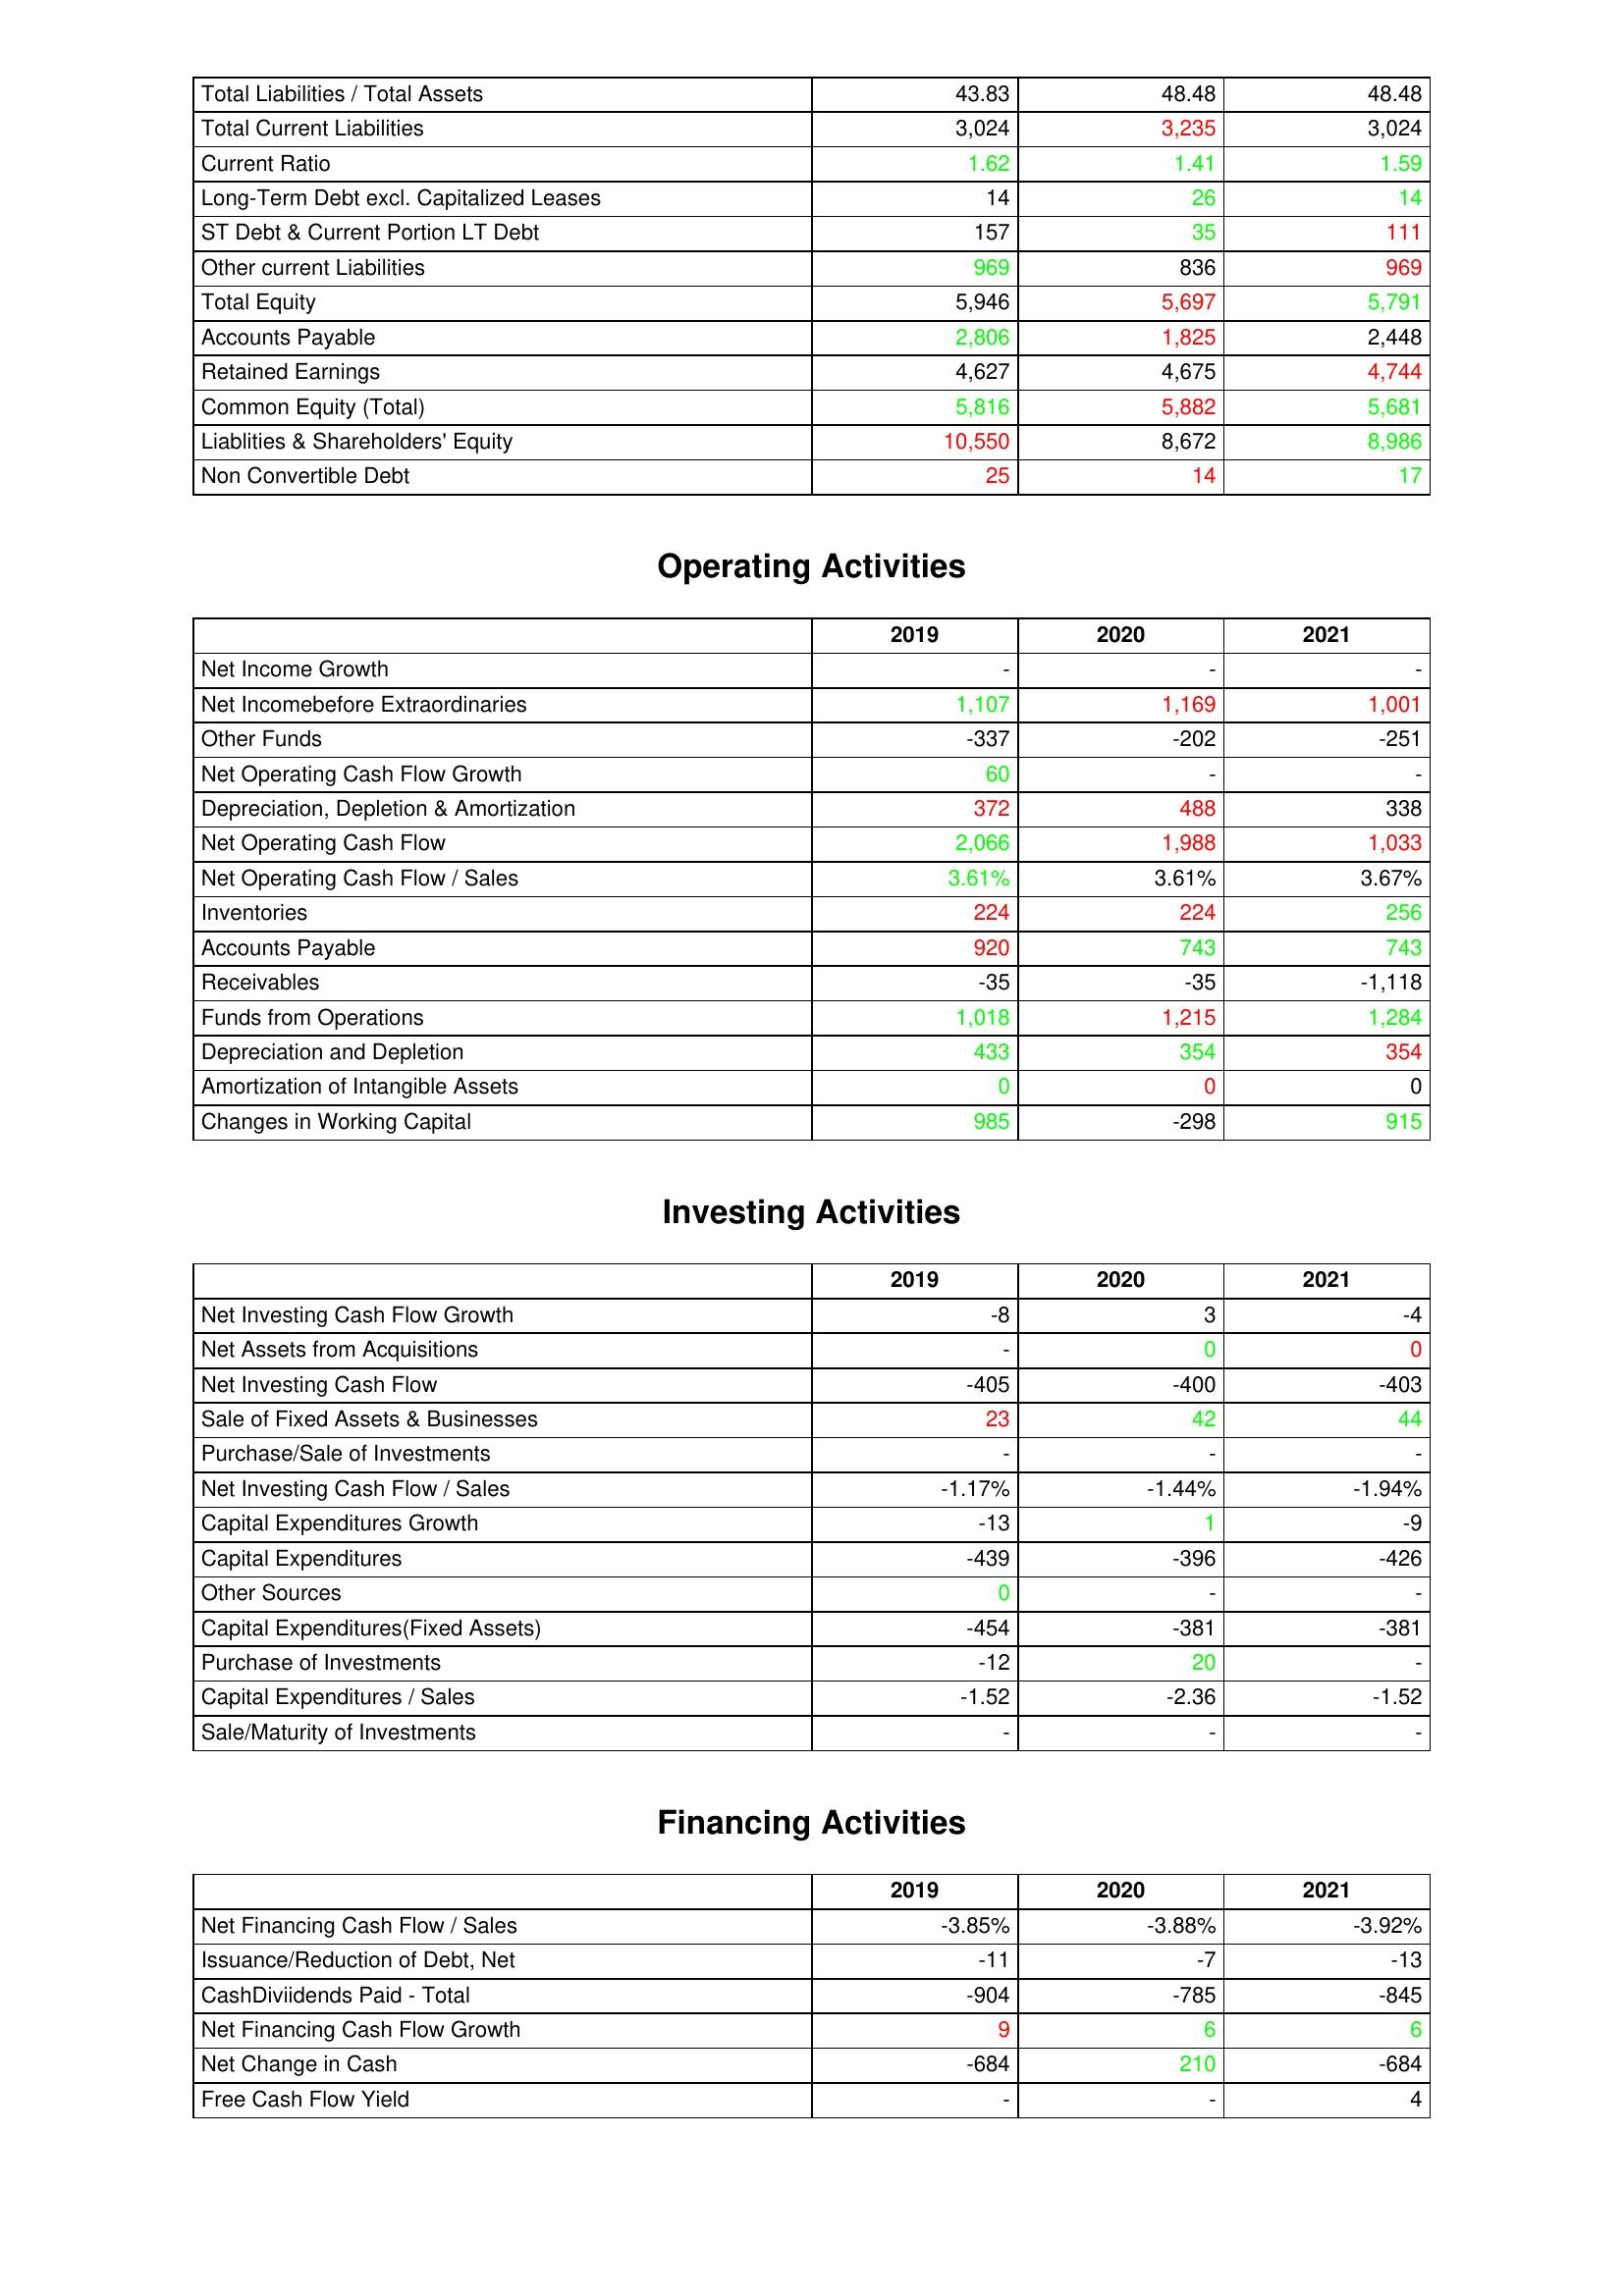
gt_parse: 2019: Liabilities & Shareholder's Equity: Total Liabilities / Total Assets: 43.83
Total Current Liabilities: 3,024
Current Ratio: 1.62
Long-Term Debt excl. Capitalized Leases: 14
ST Debt & Current Portion LT Debt: 157
Other current Liabilities: 969
Total Equity: 5,946
Accounts Payable: 2,806
Retained Earnings: 4,627
Common Equity (Total): 5,816
Liablities & Shareholders' Equity: 10,550
Non Convertible Debt: 25
Operating Activities: Net Income Growth: -
Net Incomebefore Extraordinaries: 1,107
Other Funds: -337
Net Operating Cash Flow Growth: 60
Depreciation, Depletion & Amortization: 372
Net Operating Cash Flow: 2,066
Net Operating Cash Flow / Sales: 3.61%
Inventories: 224
Accounts Payable: 920
Receivables: -35
Funds from Operations: 1,018
Depreciation and Depletion: 433
Amortization of Intangible Assets: 0
Changes in Working Capital: 985
Investing Activities: Net Investing Cash Flow Growth: -8
Net Assets from Acquisitions: -
Net Investing Cash Flow: -405
Sale of Fixed Assets & Businesses: 23
Purchase/Sale of Investments: -
Net Investing Cash Flow / Sales: -1.17%
Capital Expenditures Growth: -13
Capital Expenditures: -439
Other Sources: 0
Capital Expenditures(Fixed Assets): -454
Purchase of Investments: -12
Capital Expenditures / Sales: -1.52
Sale/Maturity of Investments: -
Financing Activities: Net Financing Cash Flow / Sales: -3.85%
Issuance/Reduction of Debt, Net: -11
CashDiviidends Paid - Total: -904
Net Financing Cash Flow Growth: 9
Net Change in Cash: -684
Free Cash Flow Yield: -
2020: Liabilities & Shareholder's Equity: Total Liabilities / Total Assets: 48.48
Total Current Liabilities: 3,235
Current Ratio: 1.41
Long-Term Debt excl. Capitalized Leases: 26
ST Debt & Current Portion LT Debt: 35
Other current Liabilities: 836
Total Equity: 5,697
Accounts Payable: 1,825
Retained Earnings: 4,675
Common Equity (Total): 5,882
Liablities & Shareholders' Equity: 8,672
Non Convertible Debt: 14
Operating Activities: Net Income Growth: -
Net Incomebefore Extraordinaries: 1,169
Other Funds: -202
Net Operating Cash Flow Growth: -
Depreciation, Depletion & Amortization: 488
Net Operating Cash Flow: 1,988
Net Operating Cash Flow / Sales: 3.61%
Inventories: 224
Accounts Payable: 743
Receivables: -35
Funds from Operations: 1,215
Depreciation and Depletion: 354
Amortization of Intangible Assets: 0
Changes in Working Capital: -298
Investing Activities: Net Investing Cash Flow Growth: 3
Net Assets from Acquisitions: 0
Net Investing Cash Flow: -400
Sale of Fixed Assets & Businesses: 42
Purchase/Sale of Investments: -
Net Investing Cash Flow / Sales: -1.44%
Capital Expenditures Growth: 1
Capital Expenditures: -396
Other Sources: -
Capital Expenditures(Fixed Assets): -381
Purchase of Investments: 20
Capital Expenditures / Sales: -2.36
Sale/Maturity of Investments: -
Financing Activities: Net Financing Cash Flow / Sales: -3.88%
Issuance/Reduction of Debt, Net: -7
CashDiviidends Paid - Total: -785
Net Financing Cash Flow Growth: 6
Net Change in Cash: 210
Free Cash Flow Yield: -
2021: Liabilities & Shareholder's Equity: Total Liabilities / Total Assets: 48.48
Total Current Liabilities: 3,024
Current Ratio: 1.59
Long-Term Debt excl. Capitalized Leases: 14
ST Debt & Current Portion LT Debt: 111
Other current Liabilities: 969
Total Equity: 5,791
Accounts Payable: 2,448
Retained Earnings: 4,744
Common Equity (Total): 5,681
Liablities & Shareholders' Equity: 8,986
Non Convertible Debt: 17
Operating Activities: Net Income Growth: -
Net Incomebefore Extraordinaries: 1,001
Other Funds: -251
Net Operating Cash Flow Growth: -
Depreciation, Depletion & Amortization: 338
Net Operating Cash Flow: 1,033
Net Operating Cash Flow / Sales: 3.67%
Inventories: 256
Accounts Payable: 743
Receivables: -1,118
Funds from Operations: 1,284
Depreciation and Depletion: 354
Amortization of Intangible Assets: 0
Changes in Working Capital: 915
Investing Activities: Net Investing Cash Flow Growth: -4
Net Assets from Acquisitions: 0
Net Investing Cash Flow: -403
Sale of Fixed Assets & Businesses: 44
Purchase/Sale of Investments: -
Net Investing Cash Flow / Sales: -1.94%
Capital Expenditures Growth: -9
Capital Expenditures: -426
Other Sources: -
Capital Expenditures(Fixed Assets): -381
Purchase of Investments: -
Capital Expenditures / Sales: -1.52
Sale/Maturity of Investments: -
Financing Activities: Net Financing Cash Flow / Sales: -3.92%
Issuance/Reduction of Debt, Net: -13
CashDiviidends Paid - Total: -845
Net Financing Cash Flow Growth: 6
Net Change in Cash: -684
Free Cash Flow Yield: 4